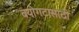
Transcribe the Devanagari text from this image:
वयोगटासाठी